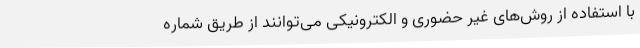
با استفاده از روش‌های غیر حضوری و الکترونیکی می‌توانند از طریق شماره